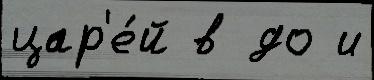
цар'е́й в до и